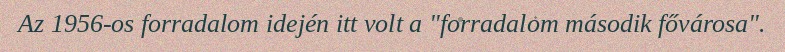
Az 1956-os forradalom idején itt volt a "forradalom második fővárosa".